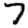
Digit: 7